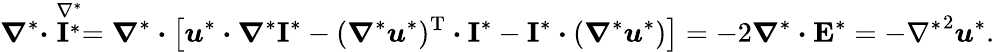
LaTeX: \boldsymbol{\nabla}^{*}\boldsymbol{\cdot}\stackrel{\nabla^{*}}{\boldsymbol{\mathrm{I}}^{*}}=\boldsymbol{\nabla}^{*}\boldsymbol{\cdot}\left[\boldsymbol{u}^{*}\boldsymbol{\cdot}\boldsymbol{\nabla}^{*}\boldsymbol{\mathrm{I}}^{*}-(\boldsymbol{\nabla}^{*}\boldsymbol{u}^{*})^{\textrm{T}}\boldsymbol{\cdot}\boldsymbol{\mathrm{I}}^{*}-\boldsymbol{\mathrm{I}}^{*}\boldsymbol{\cdot}(\boldsymbol{\nabla}^{*}\boldsymbol{u}^{*})\right]=-2\boldsymbol{\nabla}^{*}\boldsymbol{\cdot}\boldsymbol{\mathrm{E}}^{*}=-{\nabla^{*}}^{2}\boldsymbol{u}^{*}.